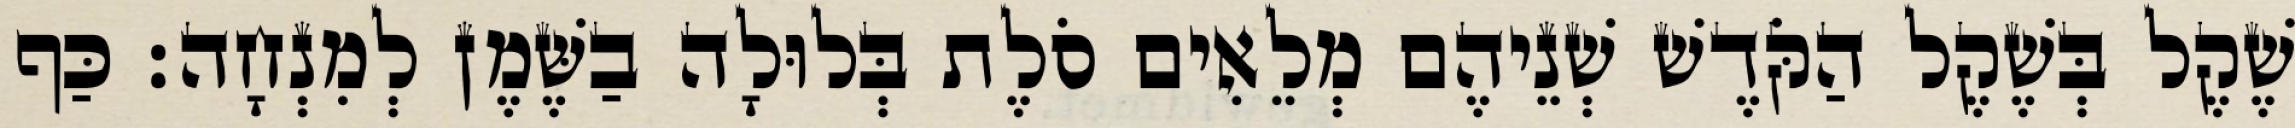
שֶׁקֶל בְּשֶׁקֶל הַקֹּדֶשׁ שְׁנֵיהֶם מְלֵאִים סֹלֶת בְּלוּלָה בַשֶּׁמֶן לְמִנְחָה׃ כַּף